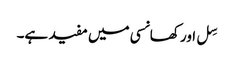
سِل اور کھانسی میں مفید ہے۔